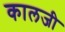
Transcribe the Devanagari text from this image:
कालजी